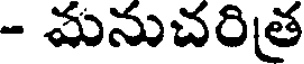
- మనుచరిత్ర